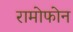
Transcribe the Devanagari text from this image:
रामोफोन